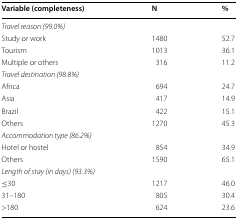
<table><thead><tr><td><b>Variable (completeness)</b></td><td><b>N</b></td><td><b>%</b></td></tr></thead><tbody><tr><td colspan="3"><i>Travel reason (99.0%)</i></td></tr><tr><td>Study or work</td><td>1480</td><td>52.7</td></tr><tr><td>Tourism</td><td>1013</td><td>36.1</td></tr><tr><td>Multiple or others</td><td>316</td><td>11.2</td></tr><tr><td colspan="3"><i>Travel destination (98.8%)</i></td></tr><tr><td>Africa</td><td>694</td><td>24.7</td></tr><tr><td>Asia</td><td>417</td><td>14.9</td></tr><tr><td>Brazil</td><td>422</td><td>15.1</td></tr><tr><td>Others</td><td>1270</td><td>45.3</td></tr><tr><td colspan="3"><i>Accommodation type (86.2%)</i></td></tr><tr><td>Hotel or hostel</td><td>854</td><td>34.9</td></tr><tr><td>Others</td><td>1590</td><td>65.1</td></tr><tr><td colspan="3"><i>Length of stay (in days) (93.3%)</i></td></tr><tr><td>≤30</td><td>1217</td><td>46.0</td></tr><tr><td>31–180</td><td>805</td><td>30.4</td></tr><tr><td>&gt;180</td><td>624</td><td>23.6</td></tr></tbody></table>